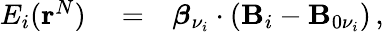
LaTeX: \begin{array}{rlr}{E_{i}({\mathbf r}^{N})}&{{}=}&{{{\boldsymbol\beta}}_{\nu_{i}}\cdot({{\mathbf B}}_{i}-{{\mathbf B}}_{0\nu_{i}})\, ,}\end{array}